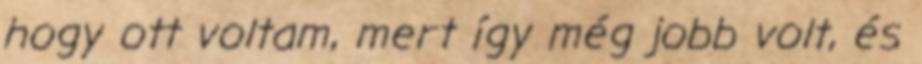
hogy ott voltam, mert így még jobb volt, és